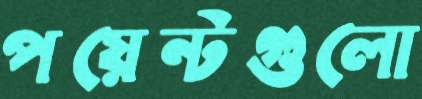
পয়েন্টগুলো